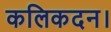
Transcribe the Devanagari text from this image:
कलिकदन।